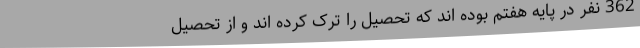
362 نفر در پایه هفتم بوده اند که تحصیل را ترک کرده اند و از تحصیل